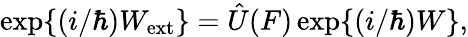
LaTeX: \mathrm{exp}\{ (i/\hbar)W_{\mathrm{ext}}\} =\hat{U}(F)\, \mathrm{exp}\{ (i/\hbar)W\} ,